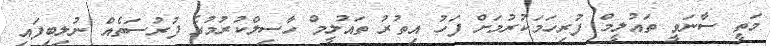
މަތީ ސާނަވީ ތައުލީމް ފުރިހަމަކުރުމަށް ފަހު އިތުރު ތައުލީމް ހާސިލްކުރުމުގެ ފުރުސަތެއް ނުލިބިފައި